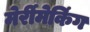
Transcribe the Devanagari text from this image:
मेर्रीमेकिंग